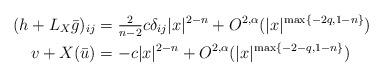
LaTeX: \begin{align*}(h + L_X\bar g)_{ij} &= \tfrac{2}{n-2} c\delta _{ij} |x|^{2-n} + O^{2,\alpha}(|x|^{\max\{-2q, 1-n \}})\\v + X(\bar u) &= -c |x|^{2-n} + O^{2,\alpha}(|x|^{\max\{-2-q, 1-n \}})\end{align*}